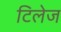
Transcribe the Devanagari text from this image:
टिलेज